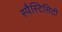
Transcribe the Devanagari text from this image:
स्पैस्टिसिटी